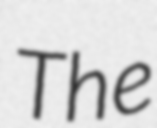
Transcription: The